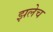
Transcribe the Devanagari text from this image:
झलेच